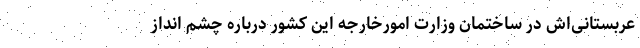
عربستانی‌اش در ساختمان وزارت امورخارجه این کشور درباره چشم انداز